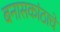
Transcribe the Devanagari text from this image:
बनासकांठाचे